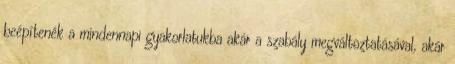
beépítenék a mindennapi gyakorlatukba akár a szabály megváltoztatásával, akár